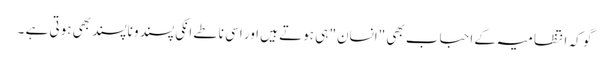
گو کہ انتظامیہ کے احباب بھی "انسان" ہی ہوتے ہیں اور اسی ناطے انکی پسند و ناپسند بھی ہوتی ہے ۔